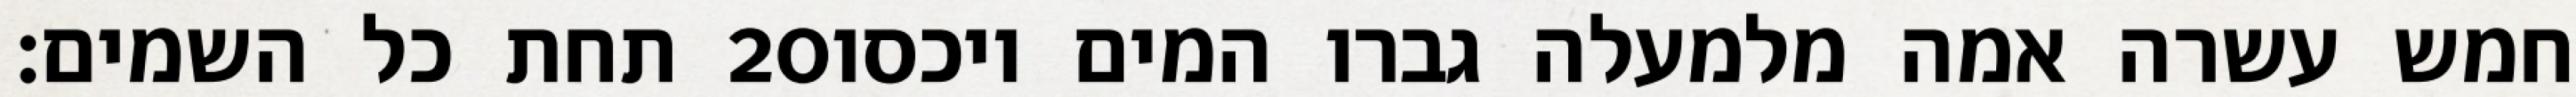
תחת כל השמים׃ ‎20‏ חמש עשרה אמה מלמעלה גברו המים ויכסו